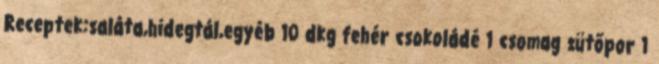
Receptek:saláta,hidegtál,egyéb 10 dkg fehér csokoládé 1 csomag sütőpor 1